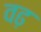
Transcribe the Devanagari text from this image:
वढ़